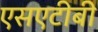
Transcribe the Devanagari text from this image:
एसएटीबी